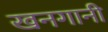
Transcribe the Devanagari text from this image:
खनगानी